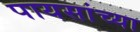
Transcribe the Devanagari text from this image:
पायसांच्या